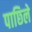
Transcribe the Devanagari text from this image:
पाछिले